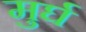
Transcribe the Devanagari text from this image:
मुर्घ